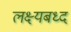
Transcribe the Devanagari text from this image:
लक्ष्यबध्द